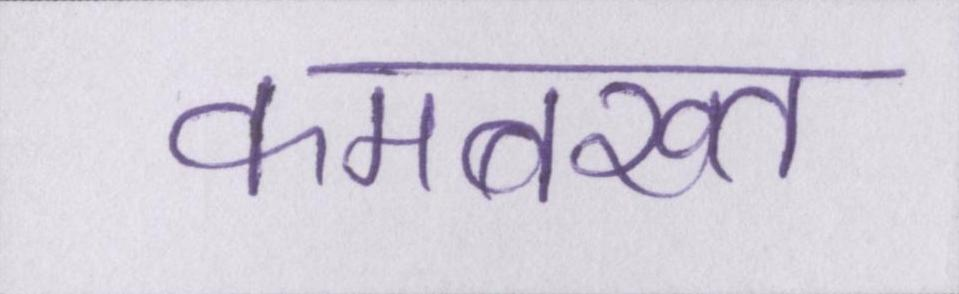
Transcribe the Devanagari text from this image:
कमबख्त